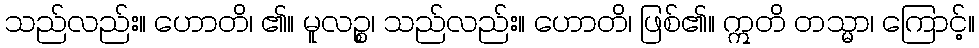
သည်လည်း။ ဟောတိ၊ ၏။ မူလဉ္စ၊ သည်လည်း။ ဟောတိ၊ ဖြစ်၏။ ဣတိ တသ္မာ၊ ကြောင့်။